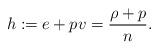
LaTeX: \begin{align*} h\coloneqq e+pv=\frac{\rho+p}{n}.\end{align*}